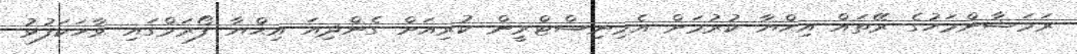
ރަމަޟާންމަހުގެ ރޭތައް އިޙްޔާ ކުރުމަށް އެމިނިސްޓްރީން ކުރިއަށް ގެންދިއަ އިޙްޔާ ފޯރަމްގައި ވާހަަކަފުޅު